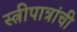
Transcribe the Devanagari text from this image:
स्त्रीपात्रांची